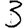
Digit: 3